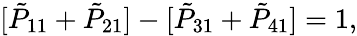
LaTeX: [{\tilde{P}}_{11}+{\tilde{P}}_{21}]-[{\tilde{P}}_{31}+{\tilde{P}}_{41}]=1,